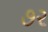
૭૨